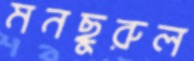
মনছুরুল